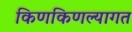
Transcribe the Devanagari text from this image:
किणकिणल्यागत